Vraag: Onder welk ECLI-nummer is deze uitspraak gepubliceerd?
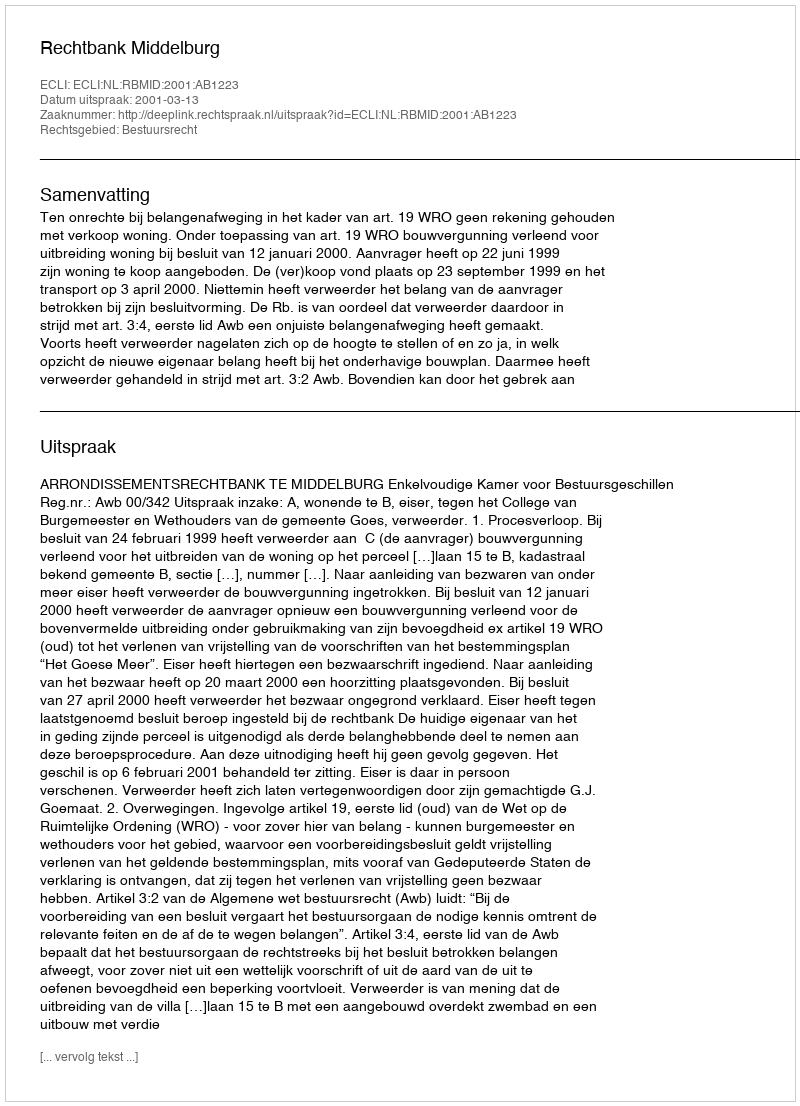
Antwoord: ECLI:NL:RBMID:2001:AB1223